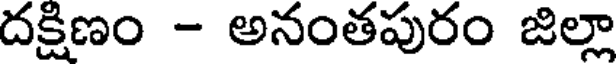
దక్షిణం - అనంతపురం జిల్లా